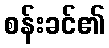
စန်းခင်၏